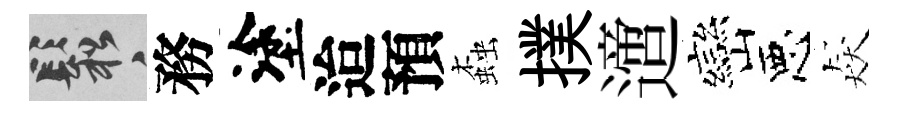
鬆務塗迨預螙撲𨗁巒惡猋